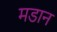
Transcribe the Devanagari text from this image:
मडान